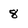
Character: 8